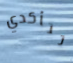
تتأكدي